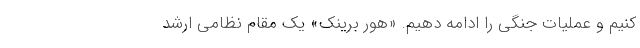
کنیم و عملیات جنگی را ادامه دهیم. «هور برینک» یک مقام نظامی ارشد